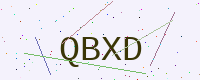
Text: QBXD